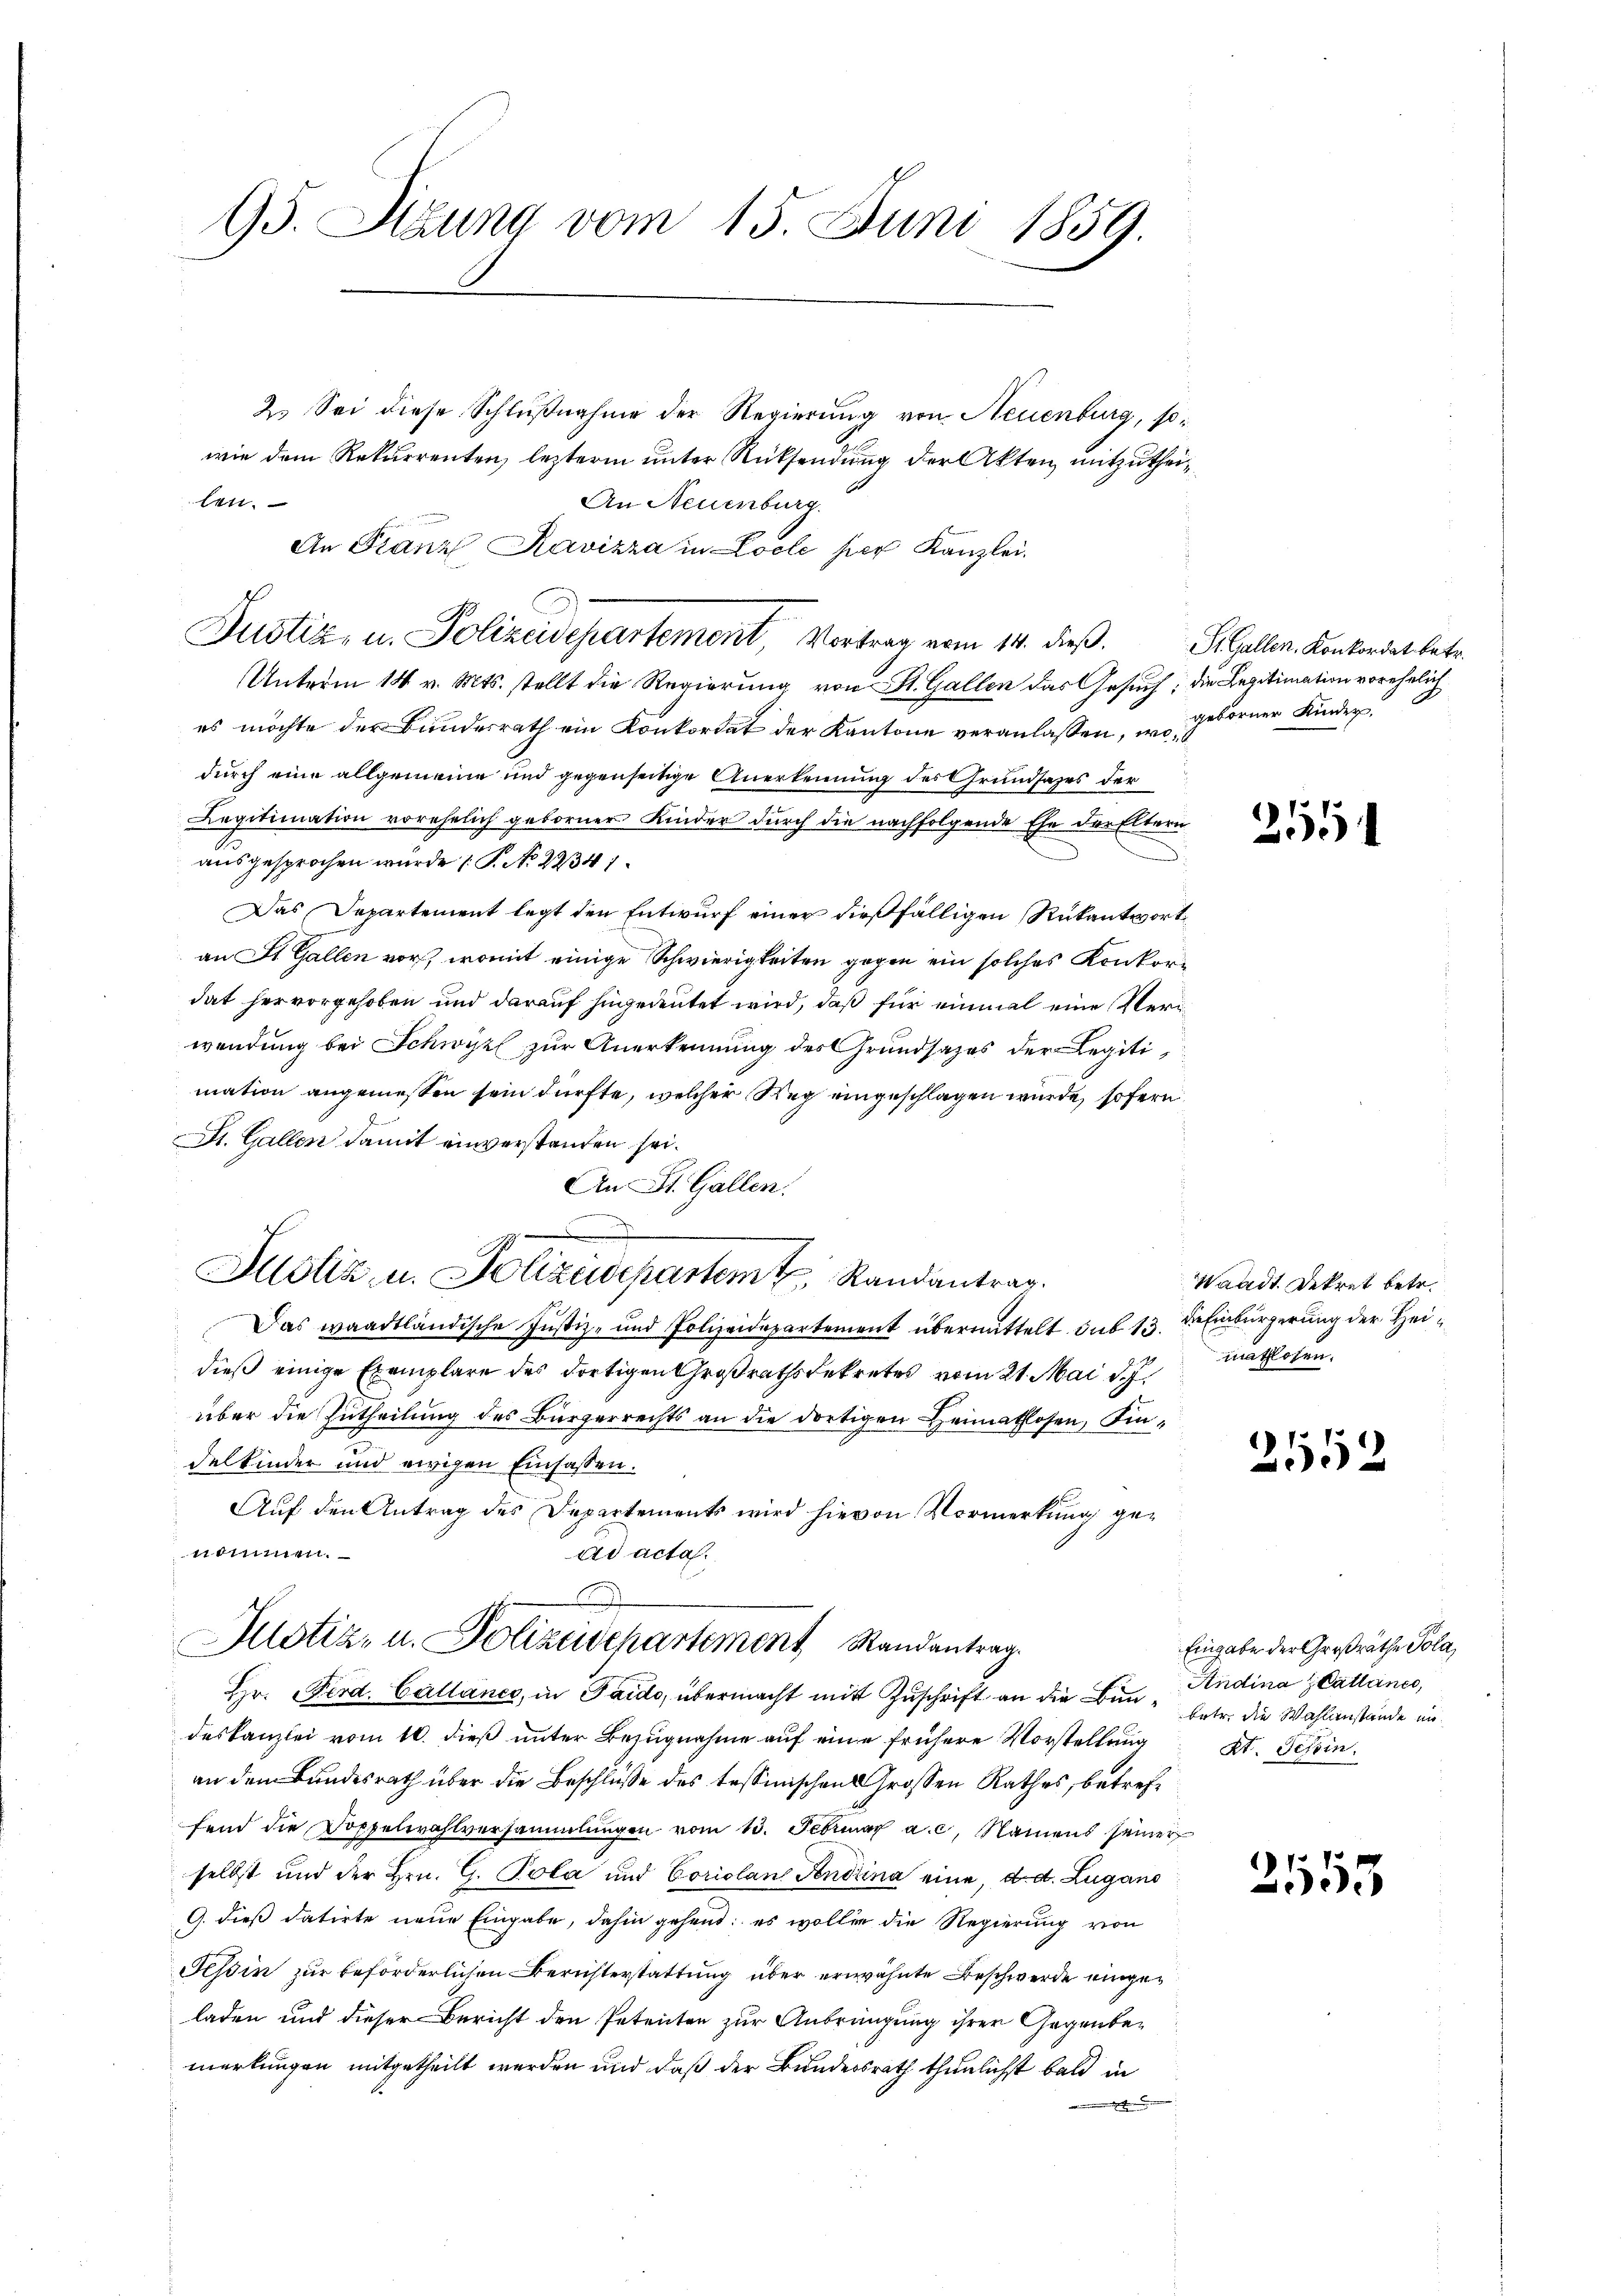
95. Sizung vom 15. Juni 1859.

2. Sei diese Schlußnahme der Regierung von Neuenburg, sowie dem Rekurrenten, lezterm unter Rücksendung der Akten mitzuthei¬
En.
An Neuenburg.
An Franz, Ravizza in Locle per Kanzlei
Unterm 14 v. Mts. stellt die Regierung von St. Gallen das Gesuch; die Legitimation vorehelich
es möchte der Bundesrath ein Konkordat der Kantone veranlassen, geborner Kinder
durch eine allgemeine und gegenseitige Anerkennung des Grundsazes der
Legitimation vorehelich geborner Kinder durch die nachfolgende Ehe der Eltern
¬
ausgesprochen wurde (T. No 22341.
Das Departement legt den Entwurf einer dießfälligen Rükantwortan St. Gallen vor, womit einige Schwierigkeiten gegen ein solches Konkordat hervorgehoben und darauf hingedeutet wird, daß für einmal eine Veriwendung bei Schwyz zur Anerkennung des Grundsazes der Legitimation angeniessen sein dürfte, welcher Weg eingeschlagen wurde, sofern
St. Gallen damit einverstanden sei.
An St. Gallen.
Das waadtländische Justiz- und Polizeidepartement übermittelt sub 13. der Einbürgerung der Heidieß einige Exemplare des dortigen Großrathsdekretes vom 21. Mai d. J.
über die Zutheilung des Bürgerrechts an die dortigen Heimathlosen, indelkinder und ewigen Einsassen.
Auf den Antrag des Departements wird hievon Vormerkung gendimmen.
ad acta.
Potiz- u. Polizeidepartement Randantrag
Hr. Ferd. Gallanes, in Pardo, übermacht mit Zuschrift an die Bun-Andina Cattance,
deskanzlei vom 10. dieß unter Bezugnahme auf eine frühere Vorstellung
an dem Bundesrath über die Beschlüße des tessinischen Grossen Rathes, betreffend die Doppelwahlversammlungen vom 13. Februar a. c. Namens seiner
selbst und der Hrn. G. Pola und Coriolan Andrina eine, d. d. Zugano
G. dieß datirte neue Eingabe, dahin gehent: es wollen die Regierung von
Tessin zur beförderlichen Berichterstattung über erwähnte Beschwerde eingeladen und dieser Bericht den Petenten zur Anbrängung ihrer Gegenbemerkungen mitgetheilt werden und daß der Bundesrath thunlichst bald in
 de

Justiz- u. Polizeidepartement, Vortrag vom 14. dieß.

Holz u. Polizeidepartem Randantrag.

Si. Gallen, Konkordat betr.

255

Waadt Dekret betr.
mathlosen.

2552

Eingabe der Großräthe Pola,
betr. die Wahlanstände un¬
Kt. Schein.

17
953